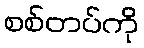
စစ်တပ်ကို